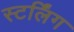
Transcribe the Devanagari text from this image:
स्टर्लिंग